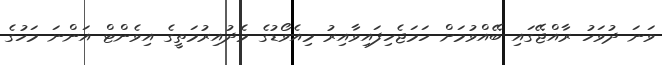
ވަނަ ދުވަހު ރާއްޖޭގައި ބޭއްވުމަށް ހަމަޖެހިފައިވާއިރު މިއެވޯޑުގެ މެދުއިރުމަތީގެ އިވެންޓް އަންނަ މަހުގެ